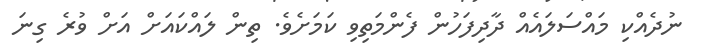
ނުދެއްކި މައްސަލައެއް ދާދިފަހުން ފެންމަތިވި ކަމަށެވެ. ތިން ލައްކައަށް އަށް ވުރެ ގިނަ